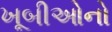
ખૂબીઓનો